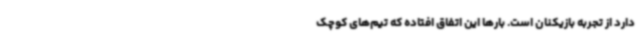
دارد از تجربه بازیکنان است. بارها این اتفاق افتاده که تیم‌های کوچک